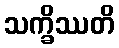
သက္ခိဿတိ